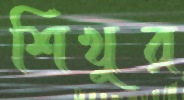
শিখুর